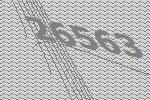
26563